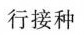
行接种